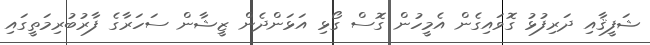
ޝަފީޤާއި ދަރިފުޅު ގޮވައިގެން އެމީހުން ގޮސް ގޯޅި އަޅަންދެން ޒީޝާން ސަހަރާގެ ފާރުބުރިމަތީގައި